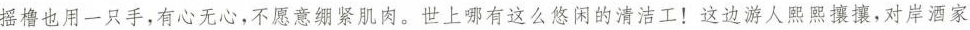
摇橹也用一只手，有心无心，不愿意绷紧肌肉。世上哪有这么悠闲的清洁工！这边游人熙熙攘攘，对岸酒家